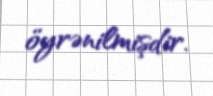
öyrənilmişdir.